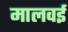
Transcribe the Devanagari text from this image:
मालवई